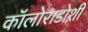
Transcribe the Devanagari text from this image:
कॉलोराडोशी